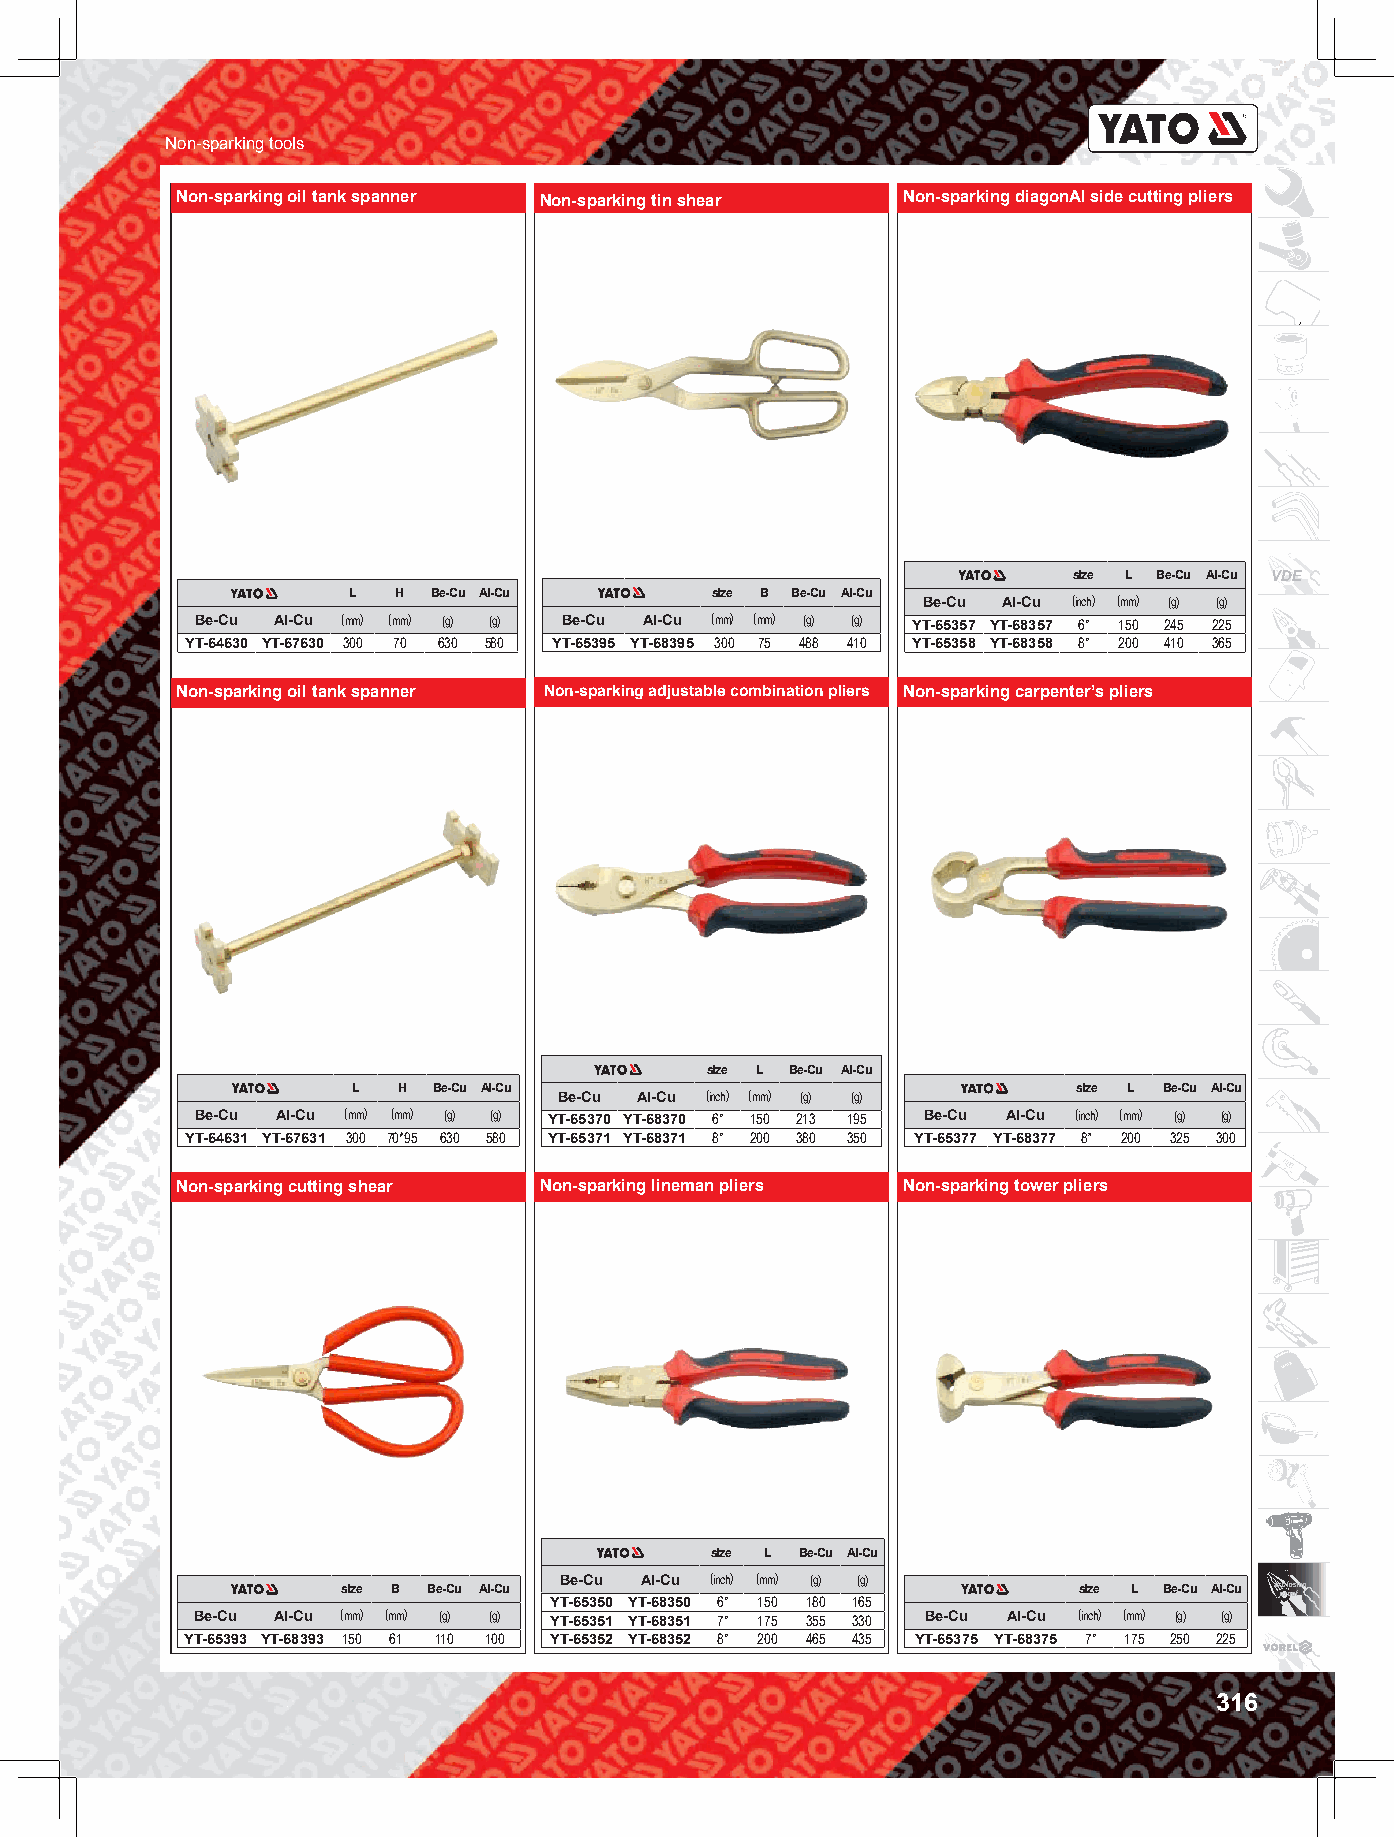
Non-sparking tools
 Non-sparking oil tank spanner Non-sparking tin shear Non-sparking diagonAl side cutting pliers
 size L Be-Cu Al-Cu VDE
 L  H  Be-Cu Al-Cu       size B Be-Cu Al-Cu Be-Cu Al-Cu (inch) (mm) (g) (g)
 Be-Cu Al-Cu (mm) (mm) (g) (g) Be-Cu Al-Cu (mm) (mm) (g) (g) YT-65357 YT-68357 6" 150 245 225
 YT-64630 YT-67630 300 70 630 580 YT-65395 YT-68395 300 75 488 410 YT-65358 YT-68358 8" 200 410 365
 Non-sparking oil tank spanner Non-sparking adjustable combination pliers Non-sparking carpenter’s pliers
 size L Be-Cu Al-Cu
 L  H  Be-Cu Al-Cu Be-Cu Al-Cu (inch) (mm) (g) (g) size L Be-Cu Al-Cu
 Be-Cu Al-Cu (mm) (mm) (g) (g) YT-65370 YT-68370 6" 150 213 195 Be-Cu Al-Cu (inch) (mm) (g) (g)
 YT-64631 YT-67631 300 70*95 630 580 YT-65371 YT-68371 8" 200 380 350 YT-65377 YT-68377 8” 200 325 300
 Non-sparking cutting shear Non-sparking lineman pliers Non-sparking tower pliers
 size L Be-Cu Al-Cu
 Be-Cu Al-Cu (inch) (mm) (g) (g)
 size B Be-Cu Al-Cu
 YT-65350 YT-68350 6" 150 180 165
 size L Be-Cu Al-Cu e x pp rl oo os fion
 Be-Cu Al-Cu (mm) (mm) (g) (g) YT-65351 YT-68351 7" 175 355 330 Be-Cu Al-Cu (inch) (mm) (g) (g)
 YT-65393 YT-68393 150 61 110 100 YT-65352 YT-68352 8" 200 465 435 YT-65375 YT-68375 7" 175 250 225
 316